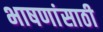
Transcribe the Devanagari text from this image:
भाषणांसाठी